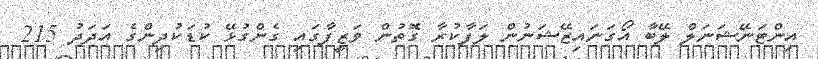
އިންޓަނޭޝަނަލް ލޭބާ އޯގަނައިޒޭޝަނުން ލަފާކުރާ ގޮތުން ވަޒީފާގައި ގެންގުޅޭ ކުޑަކުދިންގެ އަދަދު 215